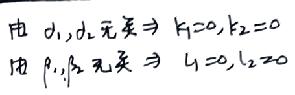
由 \(d_1,d_2\) 无关 \(\Rightarrow k_1 = 0,k_2 = 0\)
由 \(\beta_1,\beta_2\) 无关 \(\Rightarrow l_1 = 0,l_2 = 0\)